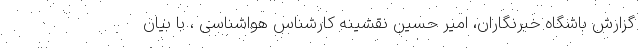
گزارش باشگاه خبرنگاران، امیر حسین نقشینه کارشناس هواشناسی ، با بیان